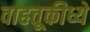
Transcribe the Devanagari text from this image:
वाहतूकीध्ये